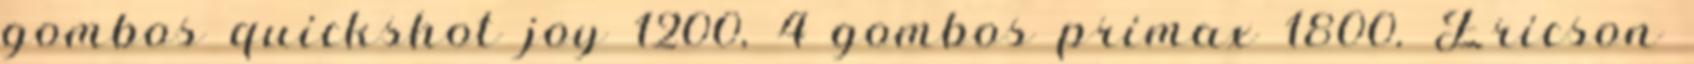
gombos quickshot joy 1200, 4 gombos primax 1800. Ericson